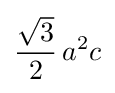
{\frac {\sqrt {3}}{2}}\,a^{2}c